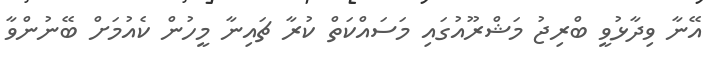
އޭނާ ވިދާޅުވީ ބްރިޖު މަޝްރޫއުގައި މަސައްކަތް ކުރާ ޗައިނާ މީހުން ކެއުމަށް ބޭނުންވާ